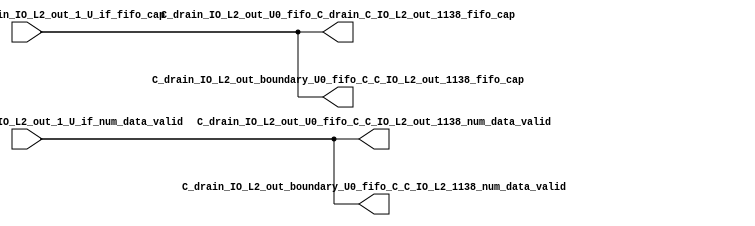
// ==================================================
// RTL generated by RapidStream
//
// Copyright 2024 RapidStream Design Automation, Inc.
// All Rights Reserved.
// ==================================================
`timescale 1 ns / 1 ps
module __rs_kernel3_aux_split_aux_102 #(
    parameter C_S_AXI_CONTROL_DATA_WIDTH  = 32,
    parameter C_S_AXI_CONTROL_ADDR_WIDTH  = 6,
    parameter C_S_AXI_DATA_WIDTH          = 32,
    parameter C_M_AXI_GMEM_A_ID_WIDTH     = 1,
    parameter C_M_AXI_GMEM_A_ADDR_WIDTH   = 64,
    parameter C_M_AXI_GMEM_A_DATA_WIDTH   = 512,
    parameter C_M_AXI_GMEM_A_AWUSER_WIDTH = 1,
    parameter C_M_AXI_GMEM_A_ARUSER_WIDTH = 1,
    parameter C_M_AXI_GMEM_A_WUSER_WIDTH  = 1,
    parameter C_M_AXI_GMEM_A_RUSER_WIDTH  = 1,
    parameter C_M_AXI_GMEM_A_BUSER_WIDTH  = 1,
    parameter C_M_AXI_GMEM_A_USER_VALUE   = 0,
    parameter C_M_AXI_GMEM_A_PROT_VALUE   = 0,
    parameter C_M_AXI_GMEM_A_CACHE_VALUE  = 3,
    parameter C_M_AXI_DATA_WIDTH          = 32,
    parameter C_M_AXI_GMEM_B_ID_WIDTH     = 1,
    parameter C_M_AXI_GMEM_B_ADDR_WIDTH   = 64,
    parameter C_M_AXI_GMEM_B_DATA_WIDTH   = 512,
    parameter C_M_AXI_GMEM_B_AWUSER_WIDTH = 1,
    parameter C_M_AXI_GMEM_B_ARUSER_WIDTH = 1,
    parameter C_M_AXI_GMEM_B_WUSER_WIDTH  = 1,
    parameter C_M_AXI_GMEM_B_RUSER_WIDTH  = 1,
    parameter C_M_AXI_GMEM_B_BUSER_WIDTH  = 1,
    parameter C_M_AXI_GMEM_B_USER_VALUE   = 0,
    parameter C_M_AXI_GMEM_B_PROT_VALUE   = 0,
    parameter C_M_AXI_GMEM_B_CACHE_VALUE  = 3,
    parameter C_M_AXI_GMEM_C_ID_WIDTH     = 1,
    parameter C_M_AXI_GMEM_C_ADDR_WIDTH   = 64,
    parameter C_M_AXI_GMEM_C_DATA_WIDTH   = 512,
    parameter C_M_AXI_GMEM_C_AWUSER_WIDTH = 1,
    parameter C_M_AXI_GMEM_C_ARUSER_WIDTH = 1,
    parameter C_M_AXI_GMEM_C_WUSER_WIDTH  = 1,
    parameter C_M_AXI_GMEM_C_RUSER_WIDTH  = 1,
    parameter C_M_AXI_GMEM_C_BUSER_WIDTH  = 1,
    parameter C_M_AXI_GMEM_C_USER_VALUE   = 0,
    parameter C_M_AXI_GMEM_C_PROT_VALUE   = 0,
    parameter C_M_AXI_GMEM_C_CACHE_VALUE  = 3,
    parameter C_S_AXI_CONTROL_WSTRB_WIDTH = 4,
    parameter C_S_AXI_WSTRB_WIDTH         = 4,
    parameter C_M_AXI_GMEM_A_WSTRB_WIDTH  = 64,
    parameter C_M_AXI_WSTRB_WIDTH         = 4,
    parameter C_M_AXI_GMEM_B_WSTRB_WIDTH  = 64,
    parameter C_M_AXI_GMEM_C_WSTRB_WIDTH  = 64
) (
    output wire [1:0] C_drain_IO_L2_out_U0_fifo_C_C_IO_L2_out_1138_num_data_valid,
    output wire [1:0] C_drain_IO_L2_out_U0_fifo_C_drain_C_IO_L2_out_1138_fifo_cap,
    output wire [1:0] C_drain_IO_L2_out_boundary_U0_fifo_C_C_IO_L2_1138_num_data_valid,
    output wire [1:0] C_drain_IO_L2_out_boundary_U0_fifo_C_C_IO_L2_out_1138_fifo_cap,
    input wire  [1:0] fifo_C_drain_C_drain_IO_L2_out_1_U_if_fifo_cap,
    input wire  [1:0] fifo_C_drain_C_drain_IO_L2_out_1_U_if_num_data_valid
);
assign C_drain_IO_L2_out_U0_fifo_C_C_IO_L2_out_1138_num_data_valid = fifo_C_drain_C_drain_IO_L2_out_1_U_if_num_data_valid;
assign C_drain_IO_L2_out_U0_fifo_C_drain_C_IO_L2_out_1138_fifo_cap = fifo_C_drain_C_drain_IO_L2_out_1_U_if_fifo_cap;
assign C_drain_IO_L2_out_boundary_U0_fifo_C_C_IO_L2_1138_num_data_valid = fifo_C_drain_C_drain_IO_L2_out_1_U_if_num_data_valid;
assign C_drain_IO_L2_out_boundary_U0_fifo_C_C_IO_L2_out_1138_fifo_cap = fifo_C_drain_C_drain_IO_L2_out_1_U_if_fifo_cap;
endmodule